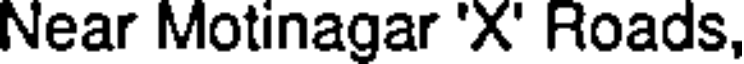
Near Motinagar 'X' Roads,